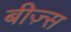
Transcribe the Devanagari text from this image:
बीज़्स